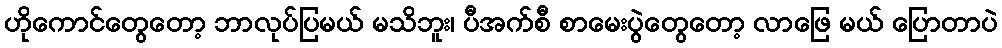
ဟိုကောင်တွေတော့ ဘာလုပ်ပြမယ် မသိဘူး၊ ပီအက်စီ စာမေးပွဲတွေတော့ လာဖြေ မယ် ပြောတာပဲ